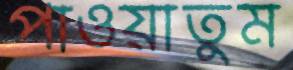
পাওয়াতুম